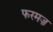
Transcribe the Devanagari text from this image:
फरमज़